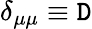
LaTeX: \delta_{\mu\mu}\equiv\mathtt{D}